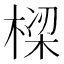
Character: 𬃩